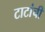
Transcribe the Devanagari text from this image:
टाटांची